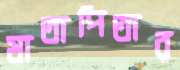
মাতাপিতার